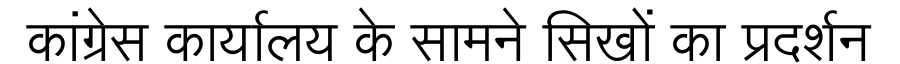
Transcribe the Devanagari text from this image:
कांग्रेस कार्यालय के सामने सिखों का प्रदर्शन